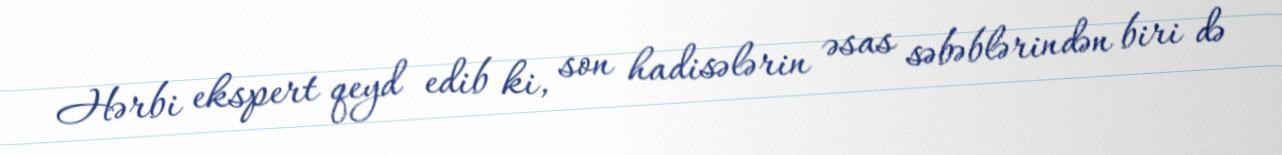
Hərbi ekspert qeyd edib ki, son hadisələrin əsas səbəblərindən biri də